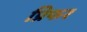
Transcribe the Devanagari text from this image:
प्रिफर